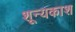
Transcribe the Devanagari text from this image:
शून्यकाश